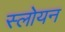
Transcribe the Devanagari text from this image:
स्लोयन